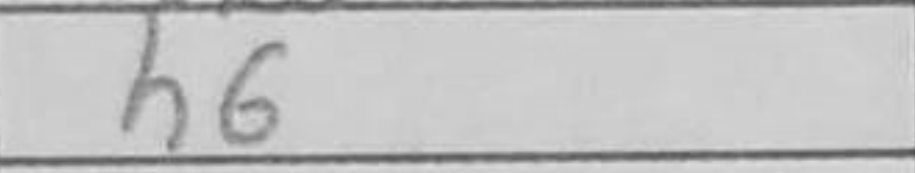
Transcription: h6